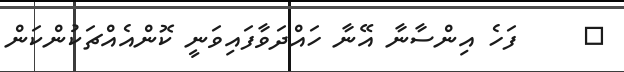
٥     ފަހެ އިންސާނާ އޭނާ ހައްދަވާފައިވަނީ ކޮންއެއްޗަކުންކަން